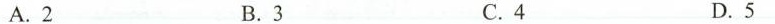
A.2 B.3 C.4 D.5